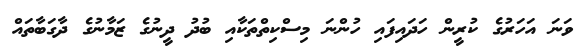
ވަނަ އަހަރުގެ ކުރީން ހަދައިފައި ހުންނަ މިސްކިތްތަކާއި ބުދު ދީނުގެ ޒަމާނުގެ ދާގަބާތައް